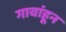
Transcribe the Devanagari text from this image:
गावांहून